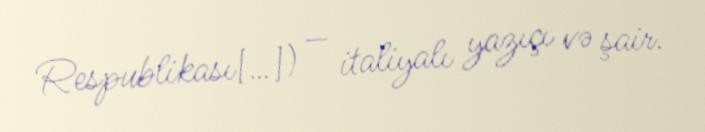
Respublikası[…]) — italiyalı yazıçı və şair.